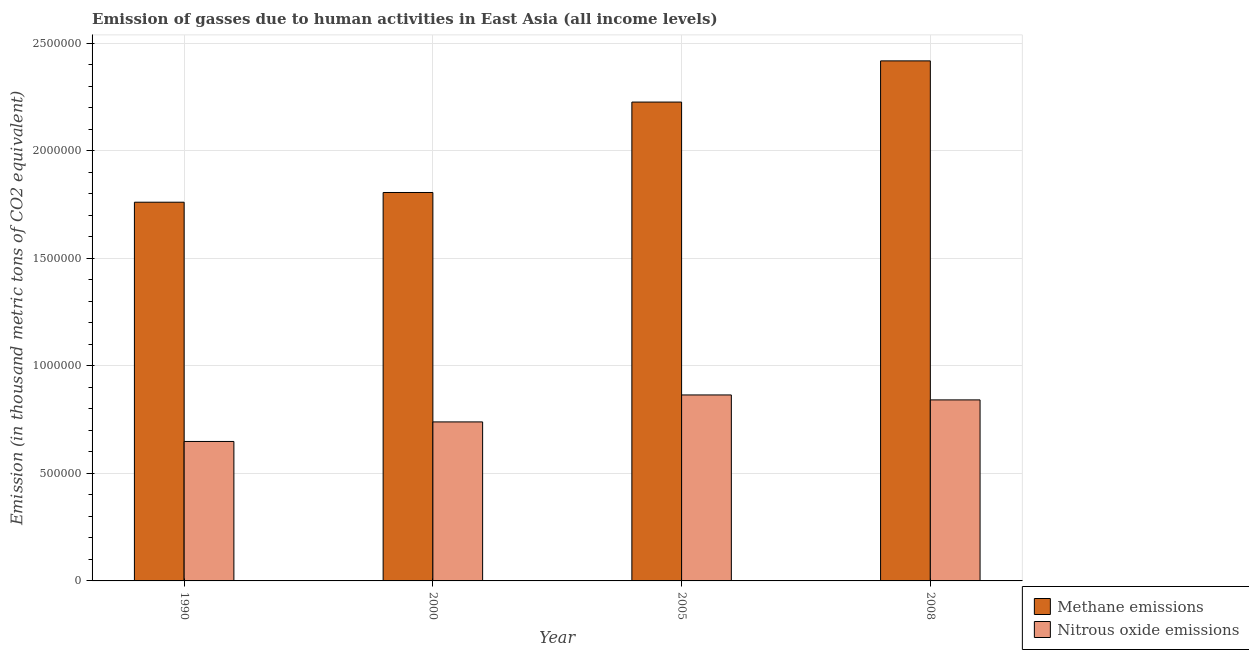
| Year | Methane emissions | Nitrous oxide emissions |
 | --- | --- | --- |
 | 1990 | 1.76e+06 | 6.49e+05 |
 | 2000 | 1.81e+06 | 7.39e+05 |
 | 2005 | 2.23e+06 | 8.65e+05 |
 | 2008 | 2.42e+06 | 8.42e+05 |